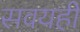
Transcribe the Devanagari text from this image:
सवयही